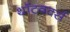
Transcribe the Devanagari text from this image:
थॉटवर्क्स